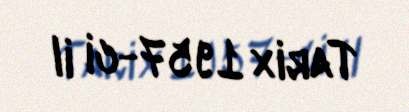
Tarix 1957-ci il